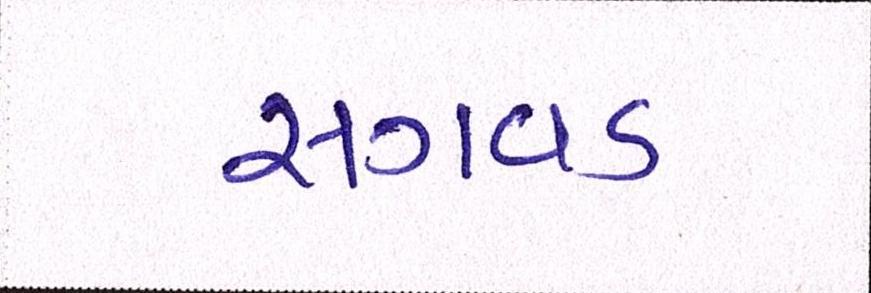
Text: સગવડ